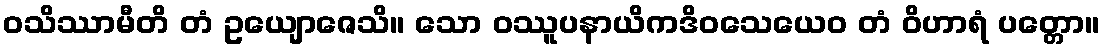
ဝသိဿာမီတိ တံ ဥယျောဇေသိ။ သော ဝဿူပနာယိကဒိဝသေယေဝ တံ ဝိဟာရံ ပတ္တော။